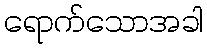
ရောက်သောအခါ